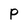
Character: P